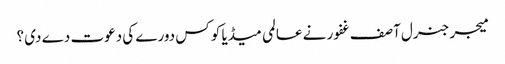
میجر جنرل آصف غفور نے عالمی میڈیا کو کس دورے کی دعوت دے دی ؟